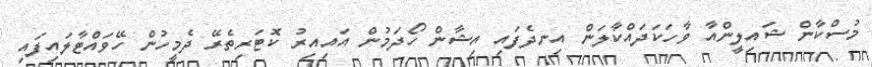
މުސްކާން ޝައިލީންއާ ވާހަކަދައްކާލަން އިނދެފައި އިޝާން ހޯދަމުން އައިއިރު ކޮޓަރިތެރޭ ދެމީހުން ހޭވައްޓާލައިފައި